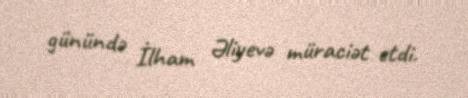
günündə İlham Əliyevə müraciət etdi.